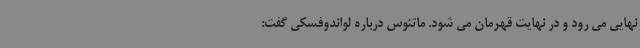
نهایی می رود و در نهایت قهرمان می شود. ماتئوس درباره لواندوفسکی گفت: